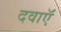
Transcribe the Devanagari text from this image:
दवाऍं